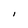
Character: I